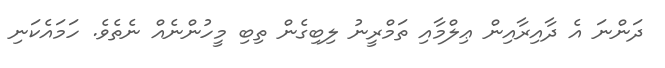
ދަންނަ އެ ދާއިރާއިން ޢިލްމާއި ތަމްރީނު ލިބިގެން ތިބި މީހުންނެއް ނެތެވެ. ހަމައެކަނި